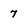
Character: 7